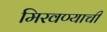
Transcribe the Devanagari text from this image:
मिरवण्याची